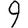
Digit: 9